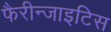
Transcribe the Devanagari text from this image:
फैरीन्जाइटिस